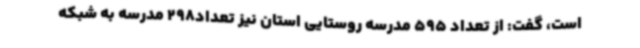
است، گفت: از تعداد 595 مدرسه روستایی استان نیز تعداد298 مدرسه به شبکه